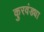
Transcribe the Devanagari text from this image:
कुरवंड्या